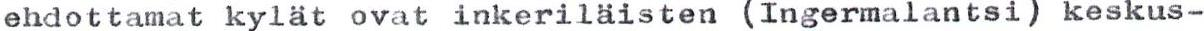
ehdottamat kylät ovat inkeriläisten (Ingermalantsi) keskus-